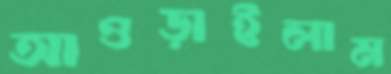
আওড়াইলাম